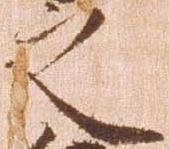
之